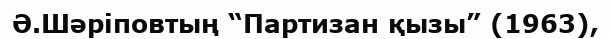
Ә.Шәріповтың “Партизан қызы” (1963),